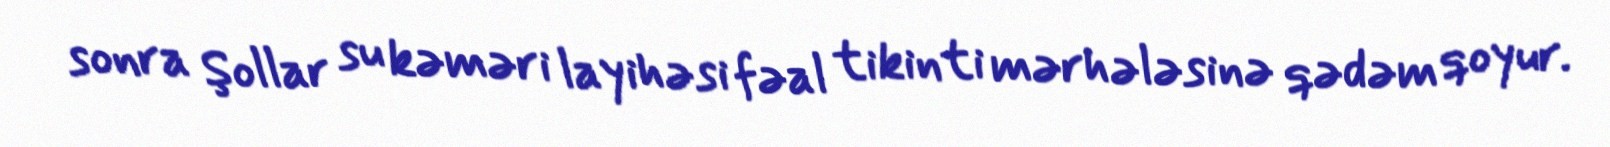
sonra Şollar su kəməri layihəsi fəal tikinti mərhələsinə qədəm qoyur.